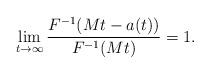
LaTeX: \begin{align*} \lim_{t\to\infty} \frac{F^{-1}(Mt-a(t))}{F^{-1}(Mt)}=1.\end{align*}